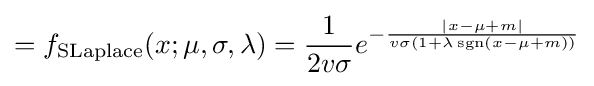
=f_{\text{SLaplace}}(x;\mu ,\sigma ,\lambda )={\frac {1}{2v\sigma }}e^{-{\frac {|x-\mu +m|}{v\sigma (1+\lambda \operatorname {sgn}(x-\mu +m))}}}